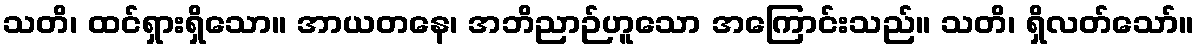
သတိ၊ ထင်ရှားရှိသော။ အာယတနေ၊ အဘိညာဉ်ဟူသော အကြောင်းသည်။ သတိ၊ ရှိလတ်သော်။